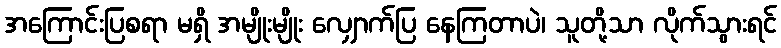
အကြောင်းပြစရာ မရှိ အမျိုးမျိုး လျှောက်ပြ နေကြတာပဲ၊ သူတို့သာ လိုက်သွားရင်